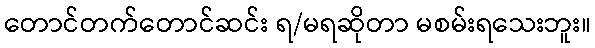
တောင်တက်တောင်ဆင်း ရ/မရဆိုတာ မစမ်းရသေးဘူး။